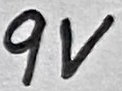
Text: 9V